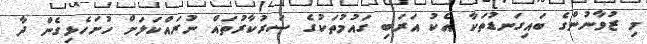
މި ޒުވާނުންގެ ބައިގަނޑުތަކާ އެކު އަރަބި ގައުމުތަކުގެ ސަރުކާރުތައް ނުރައްކަލަށް ހުށަހެޅިގެން ދާ